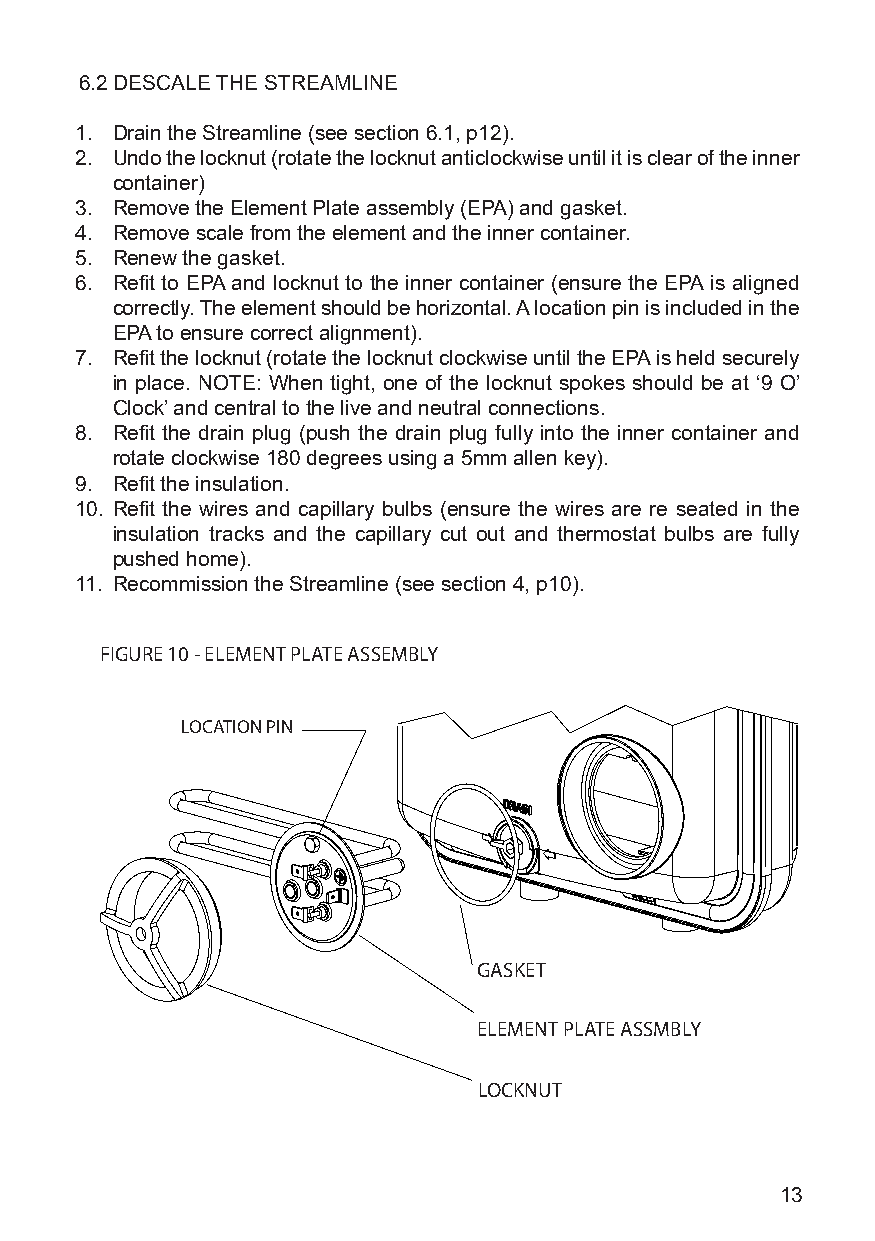
6.2 DESCALE THE STREAMLINE
 1. Drain the Streamline (see section 6.1, p12).
 2. Undo the locknut (rotate the locknut anticlockwise until it is clear of the inner
 container)
 3. Remove the Element Plate assembly (EPA) and gasket.
 4. Remove scale from the element and the inner container.
 5. Renew the gasket.
 6. Refit to EPA and locknut to the inner container (ensure the EPA is aligned
 correctly. The element should be horizontal. A location pin is included in the
 EPA to ensure correct alignment).
 7. Refit the locknut (rotate the locknut clockwise until the EPA is held securely
 in place. NOTE: When tight, one of the locknut spokes should be at ‘9 O’
 Clock’ and central to the live and neutral connections.
 8. Refit the drain plug (push the drain plug fully into the inner container and
 rotate clockwise 180 degrees using a 5mm allen key).
 9. Refit the insulation.
 10. Refit the wires and capillary bulbs (ensure the wires are re seated in the
 insulation tracks and the capillary cut out and thermostat bulbs are fully
 pushed home).
 11. Recommission the Streamline (see section 4, p10).
 FIGURE 10 - ELEMENT PLATE ASSEMBLY
 LOCATION PIN
 GASKET
 ELEMENT PLATE ASSMBLY
 LOCKNUT
 13